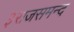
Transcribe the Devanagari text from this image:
३राजसमन्द